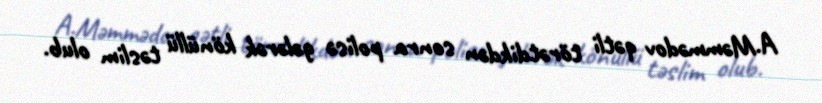
A.Məmmədov qətli törətdikdən sonra polisə gələrək könüllü təslim olub.